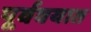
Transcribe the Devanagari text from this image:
पूर्ववयात